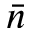
\bar { n }